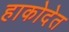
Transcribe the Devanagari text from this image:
हाकोदेत